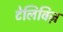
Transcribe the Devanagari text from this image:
टेलिविज़